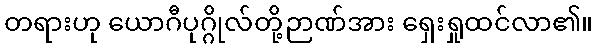
တရားဟု ယောဂီပုဂ္ဂိုလ်တို့ဉာဏ်အား ရှေးရှုထင်လာ၏။